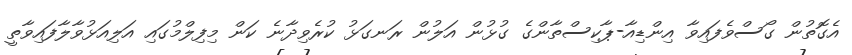
އެގޮތުން ގޯސްވެފައިވާ އިންޑިއާ-ޕާކިސްތާންގެ ގުޅުން އަލުން ރަނގަޅު ކުރެވިދާނެ ކަން މިފިލްމުގައި އަލިއަޅުވާލާފައިވާތީ